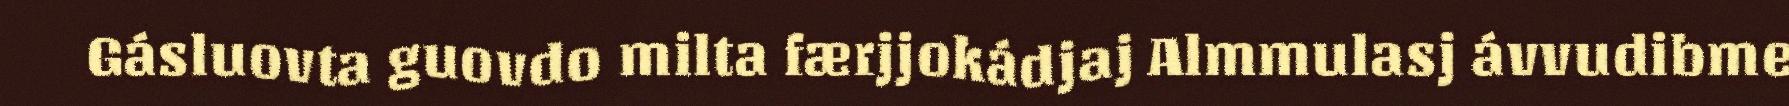
Gásluovta guovdo milta færjjokádjaj Almmulasj ávvudibme